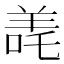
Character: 𬙳